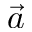
\vec { a }